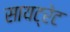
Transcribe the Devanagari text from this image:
सायट्रेट